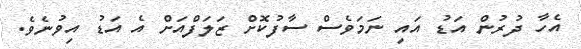
އެހާ ދުރުން އަޑު އައި ނަމަވެސް ސާފުކޮށް ޒަލަފްއަށް އެ އަޑު އިވުނެވެ.